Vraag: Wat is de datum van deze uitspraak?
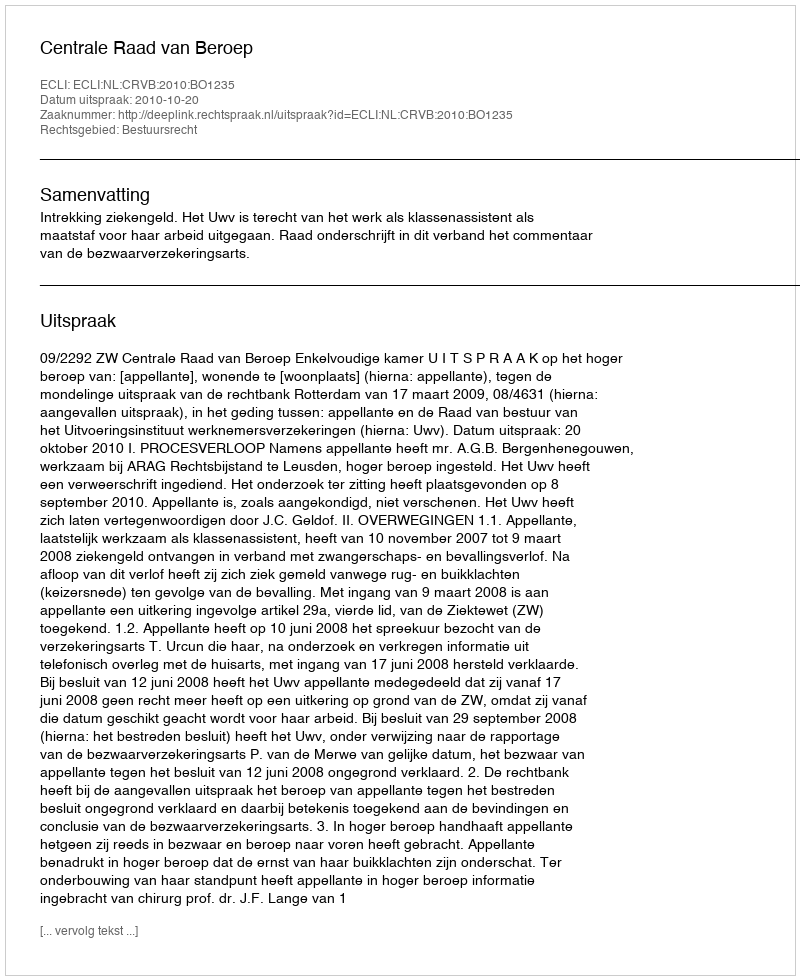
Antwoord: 2010-10-20